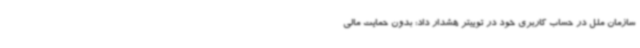
سازمان ملل در حساب کاربری خود در توییتر هشدار داد: بدون حمایت مالی